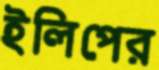
ইলিপের